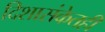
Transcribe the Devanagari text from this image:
दिशासंकेतही